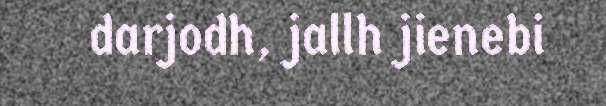
darjodh, jallh jienebi